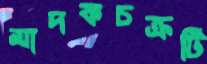
মাদকচক্রটি